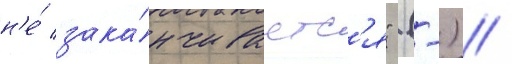
н'е́ зака́нчиваетс'я" (-) /